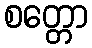
စတ္တော